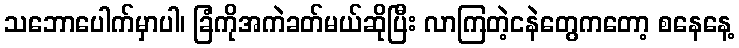
သဘောပေါက်မှာပါ၊ ခြံကိုအကဲခတ်မယ်ဆိုပြီး လာကြတဲ့ငနဲတွေကတော့ စနေနေ့